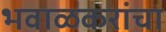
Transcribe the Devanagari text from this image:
भवाळकरांचा